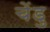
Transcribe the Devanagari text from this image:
चेंडु